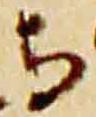
与